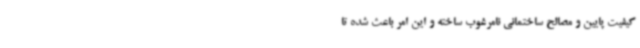
کیفیت پایین و مصالح ساختمانی نامرغوب ساخته و این امر باعث شده تا